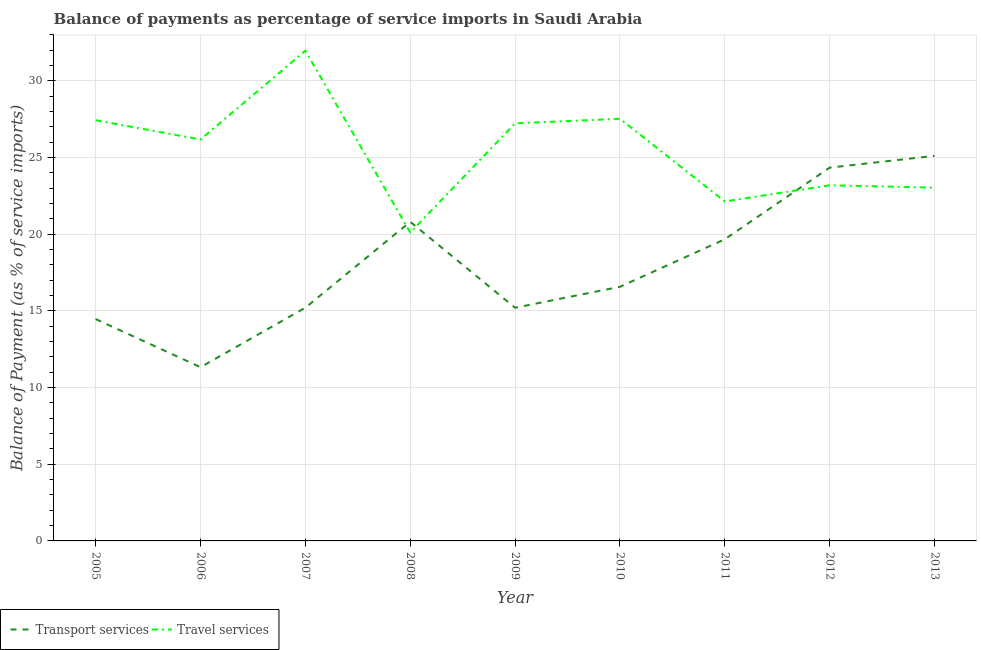
| Year | Transport services | Travel services |
 | --- | --- | --- |
 | 2005 | 14.5 | 27.4 |
 | 2006 | 11.3 | 26.2 |
 | 2007 | 15.2 | 32 |
 | 2008 | 20.8 | 20.1 |
 | 2009 | 15.2 | 27.2 |
 | 2010 | 16.6 | 27.5 |
 | 2011 | 19.7 | 22.1 |
 | 2012 | 24.3 | 23.2 |
 | 2013 | 25.1 | 23 |